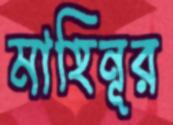
মাহিনূর